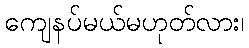
ကျေနပ်မယ်မဟုတ်လား၊